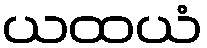
ယထယံ